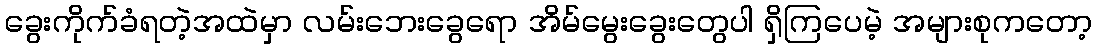
ခွေးကိုက်ခံရတဲ့အထဲမှာ လမ်းဘေးခွေရော အိမ်မွေးခွေးတွေပါ ရှိကြပေမဲ့ အများစုကတော့